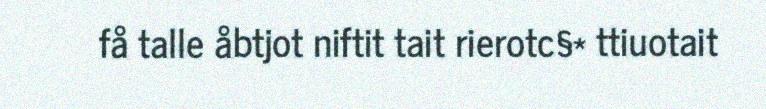
få talle åbtjot niftit tait rierotc§* ttiuotait